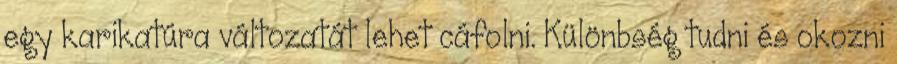
egy karikatúra változatát lehet cáfolni. Különbség tudni és okozni